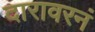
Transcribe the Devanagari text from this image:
दारावरनं